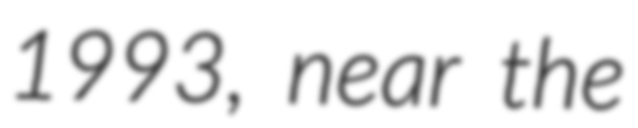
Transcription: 1993, near the